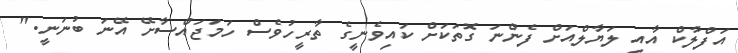
އަފްލާކް އާއި ލަޔާލްއަށް ފެންނަ ގޮތަކަށް ކައިވެނީގެ ތާރީހުވެސް ހަމަޖައްސާށޭ އޭނަ ބުނަނީ."